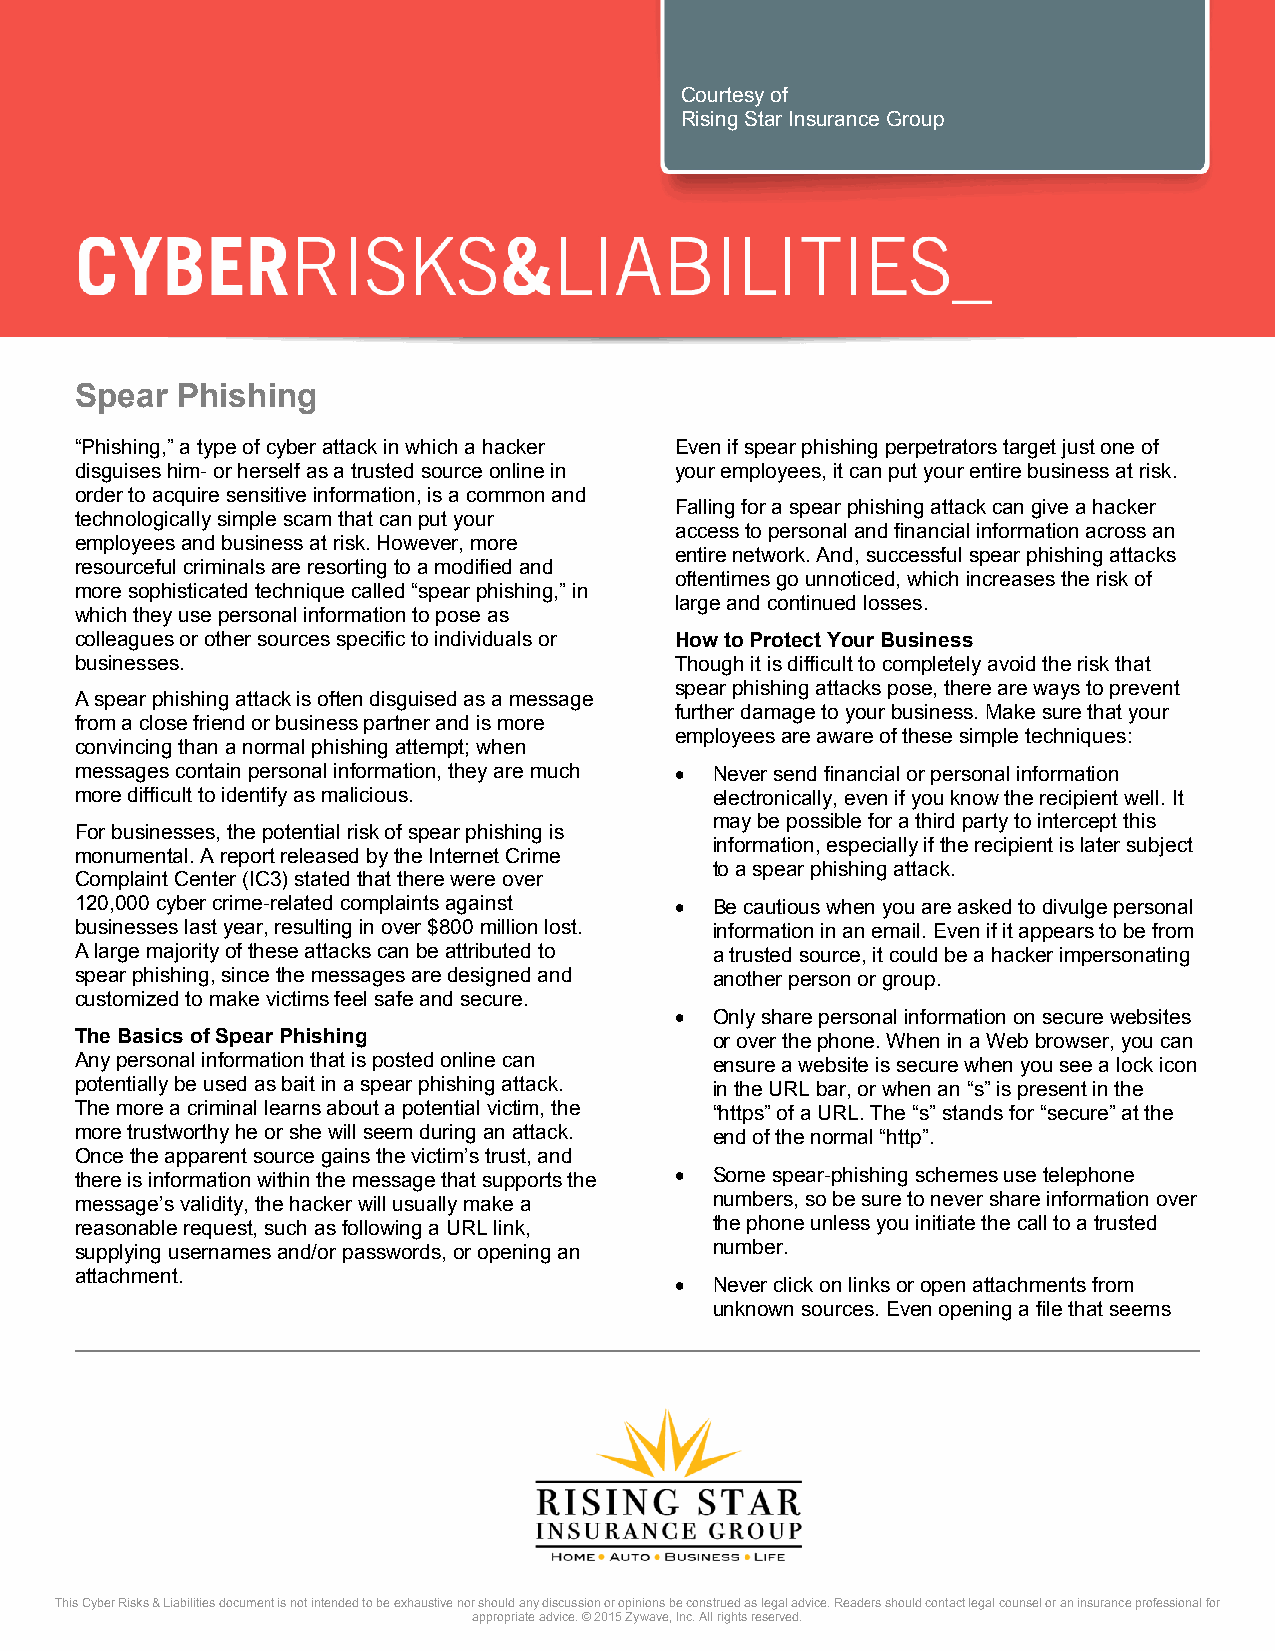
Courtesy of
 Rising Star Insurance Group
 Spear  Phishing
 “Phishing,” a type of cyber attack in which a hacker Even if spear phishing perpetrators target just one of
 disguises him- or herself as a trusted source online in your employees, it can put your entire business at risk.
 order to acquire sensitive information, is a common and
 Falling for a spear phishing attack can give a hacker
 technologically simple scam that can put your
 access to personal and financial information across an
 employees and business at risk. However, more
 entire network. And, successful spear phishing attacks
 resourceful criminals are resorting to a modified and
 oftentimes go unnoticed, which increases the risk of
 more sophisticated technique called “spear phishing,” in
 large and continued losses.
 which they use personal information to pose as
 colleagues or other sources specific to individuals or How to Protect Your Business
 businesses.                             Though it is difficult to completely avoid the risk that
 spear phishing attacks pose, there are ways to prevent
 A spear phishing attack is often disguised as a message
 further damage to your business. Make sure that your
 from a close friend or business partner and is more
 employees are aware of these simple techniques:
 convincing than a normal phishing attempt; when
 messages contain personal information, they are much  Never send financial or personal information
 more difficult to identify as malicious.  electronically, even if you know the recipient well. It
 may be possible for a third party to intercept this
 For businesses, the potential risk of spear phishing is
 information, especially if the recipient is later subject
 monumental. A report released by the Internet Crime
 to a spear phishing attack.
 Complaint Center (IC3) stated that there were over
 120,000 cyber crime-related complaints against  Be cautious when you are asked to divulge personal
 businesses last year, resulting in over $800 million lost. information in an email. Even if it appears to be from
 A large majority of these attacks can be attributed to a trusted source, it could be a hacker impersonating
 spear phishing, since the messages are designed and another person or group.
 customized to make victims feel safe and secure.
  Only share personal information on secure websites
 The Basics of Spear Phishing              or over the phone. When in a Web browser, you can
 Any personal information that is posted online can ensure a website is secure when you see a lock icon
 potentially be used as bait in a spear phishing attack. in the URL bar, or when an “s” is present in the
 The more a criminal learns about a potential victim, the “https” of a URL. The “s” stands for “secure” at the
 more trustworthy he or she will seem during an attack. end of the normal “http”.
 Once the apparent source gains the victim’s trust, and
 there is information within the message that supports the  Some spear-phishing schemes use telephone
 message’s validity, the hacker will usually make a numbers, so be sure to never share information over
 reasonable request, such as following a URL link, the phone unless you initiate the call to a trusted
 supplying usernames and/or passwords, or opening an number.
 attachment.
  Never click on links or open attachments from
 unknown sources. Even opening a file that seems
 This Cyber Risks & Liabilities document is not intended to be exhaustive nor should any discussion or opinions be construed as legal advice. Readers should contact legal counsel or an insurance professional for
 appropriate advice. © 2015 Zywave, Inc. All rights reserved.